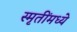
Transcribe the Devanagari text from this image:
स्मृतींमध्ये